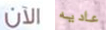
الآن عاديه